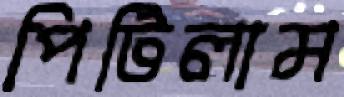
পিটিলাম